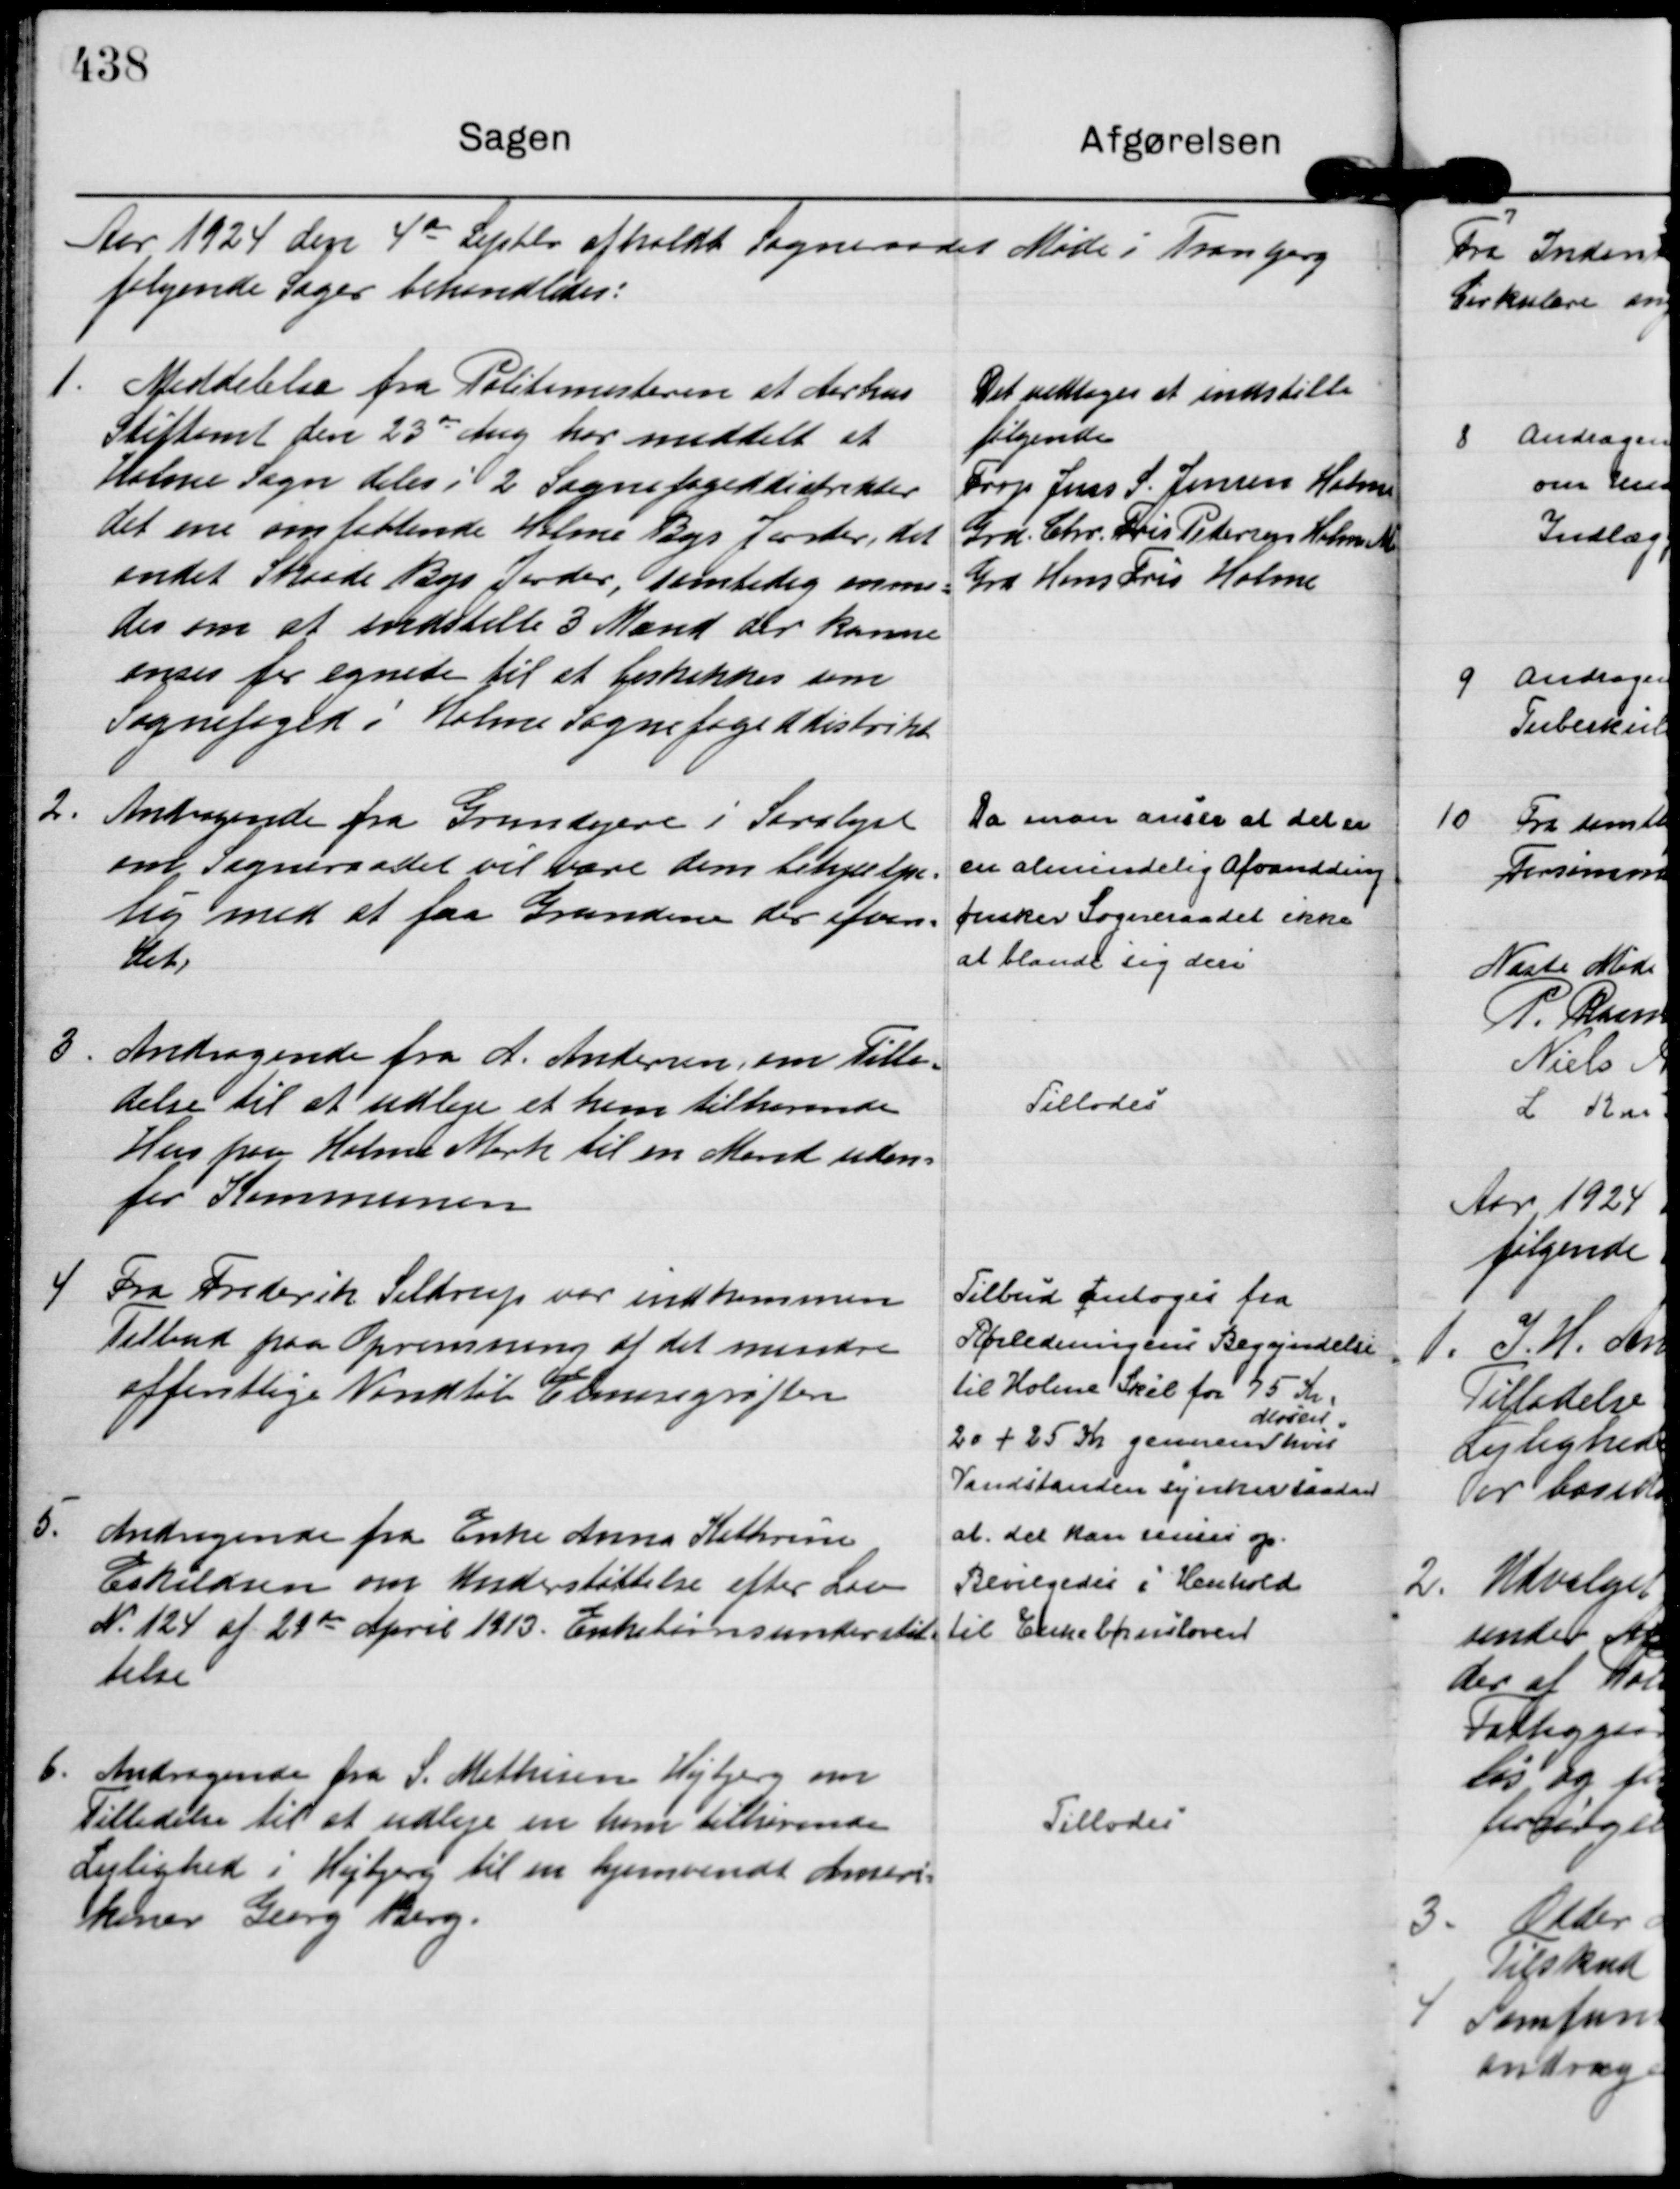
Transskription:
Aar 1924 den 4 de Septbr afholdt Sogneraadet Møde i Tranbjerg
følgende Sager behandledes:

1.
Meddelelse fra Politimesteren at Aarhus
Stiftamt den 23 de Aug har meddelt at
Holme Sogn deles i 2 Sognefogeddistrikter
det ene omfattende Holme Bys Jorder, det
andet Skaade Bys Jorder, samtidig anmo= 
des om at indstille 3 Mænd der kunne
anses for egnede til at beskikkes som
Sognefoged i Holme Sognefogeddistrikt

Det vedtoges at indstille
følgende
Forp Jens S. Jensen Holme
Grd. Chr. Fris Pedersen Holm M
Grd Hans Fris Holme

2.
Andragende fra Grundejere i Saralyst
om Sogneraadet vil være dem behjælpe=
lig med at faa Grundene der afvan=
det,

Da man anser at det er
en almindelig Afvandding
ønsker Sogneraadet ikke
at blande sig deri

3.
Andragende fra A. Andersen, om Tilla=
delse til at udleje et ham tilhørende
Hus paa Holme Mark til en Mand uden= 
for Kommunen

Tillodes

4
Fra Frederik Seldrup var indkommen 
Tilbud paa Oprensning af det mindre
offentlige Vandløb Elmosegrøften

Tilbud antoges fra
Rørledningens Begyndelse
til Holme Skel for 75 Kr:
20 + 25 Kr gennem
Mosen
hvis
Vandstanden synker saadan
at, det kan renses op.

5.
Andragende fra Enke Anna Kathrine
Eskildsen om Understøttelse efter Lov
N. 124 af 29 de April 1913. Enkebørnsunderstøt= 
telse

Bevilgedes i Henhold
til Enkebørnsloven

6.
Andragende fra S. Mathisen Højbjerg om
Tilladelse til at udleje en ham tilhørende
Lejlighed i Højbjerg til en hjemvendt Ameri=
kaner Georg Berg.

Tillodes